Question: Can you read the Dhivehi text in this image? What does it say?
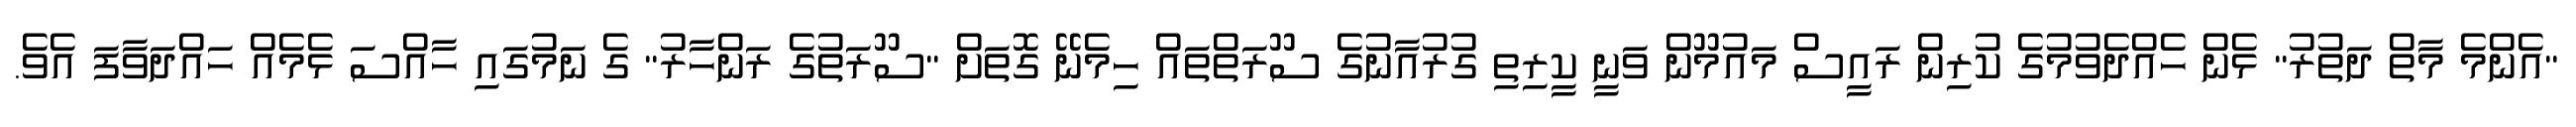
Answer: "އެންމެ މާތް ދަތުރު" ޅެން ހެއްދެވުމުގެ ކުރިން ރައީސް މައުމޫން ވަނީ ކީރިތި ގުރުއާނުގެ ސޫރަތްތައް ހިމެނޭ ގޮތަށް "ސޫރަތުގެ ރަންހާރު" ގެ ނަމުގައި ހާއްސަ ޅެމެއް ހައްދަވާފަ އެވެ.